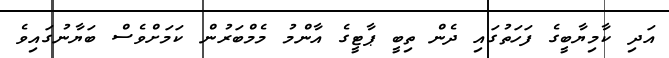
އަދި ކާމިޔާބީގެ ފަހަތުގައި ދެން ތިބީ ޕާޓީގެ އާންމު މެމްބަރުން ކަމަށްވެސް ބަޔާނުގައިވެ